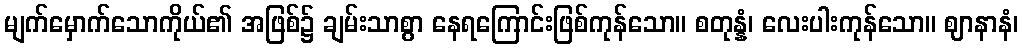
မျက်မှောက်သောကိုယ်၏ အဖြစ်၌ ချမ်းသာစွာ နေရကြောင်းဖြစ်ကုန်သော။ စတုန္နံ၊ လေးပါးကုန်သော။ ဈာနာနံ၊